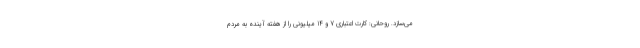
می‌سازد. روحانی: کارت اعتباری 7 و 14 میلیونی را از هفته آینده به مردم